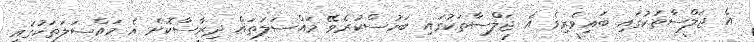
އެ ޖަލްސާތަކުގައި ބައިވެރިވެ އެ ޖަލްސާތަކުގައި ބަހުސްކުރެވޭ މައްސަލަތައް ދިރާސާކޮށް އެ މައްސަލަތަކުގައި